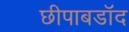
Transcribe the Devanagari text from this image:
छीपाबडॉद